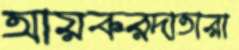
আয়করদাতারা